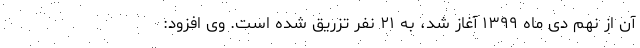
آن از نهم دی ماه ۱۳۹۹ آغاز شد، به ۲۱ نفر تزریق شده است. وی افزود: